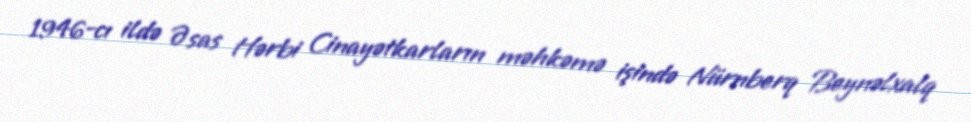
1946-cı ildə Əsas Hərbi Cinayətkarların məhkəmə işində Nürnberq Beynəlxalq